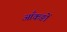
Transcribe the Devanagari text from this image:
आँकङों